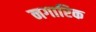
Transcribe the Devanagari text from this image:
नगारिक